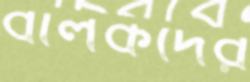
বালকদের